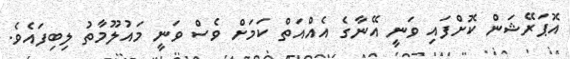
އޮޕަރޭޝަން ކޮށްފައި ވަނީ އޭނާގެ އެއްއަތް ކަމަށް ވެސް ވަނީ މައުލޫމާތު ލިބިފައެވެ.